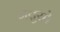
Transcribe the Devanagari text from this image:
गत्तुसो